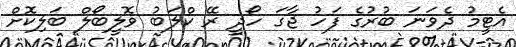
އެޓީމު ދެވަނަ ބުރުގެ ފަހު ޖާގަ ހޯދީ ރޭ ކްލަބު ވޮލީބޯލް ބަލިކޮށް